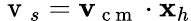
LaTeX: \mathrm{~v~}_{s}=\textbf{v}_{\mathrm{~c~m~}}\cdot\textbf{x}_{h}